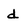
Character: d